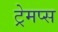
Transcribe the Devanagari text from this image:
ट्रेमप्स